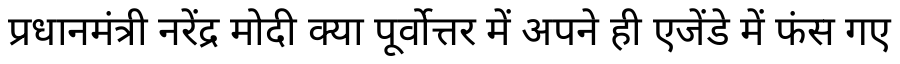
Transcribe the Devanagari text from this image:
प्रधानमंत्री नरेंद्र मोदी क्या पूर्वोत्तर में अपने ही एजेंडे में फंस गए